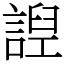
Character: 䛼